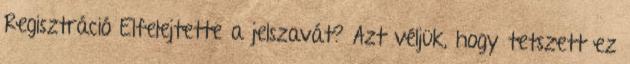
Regisztráció Elfelejtette a jelszavát? Azt véljük, hogy tetszett ez